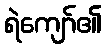
ရဲကျော်၏